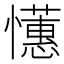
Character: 𢤺